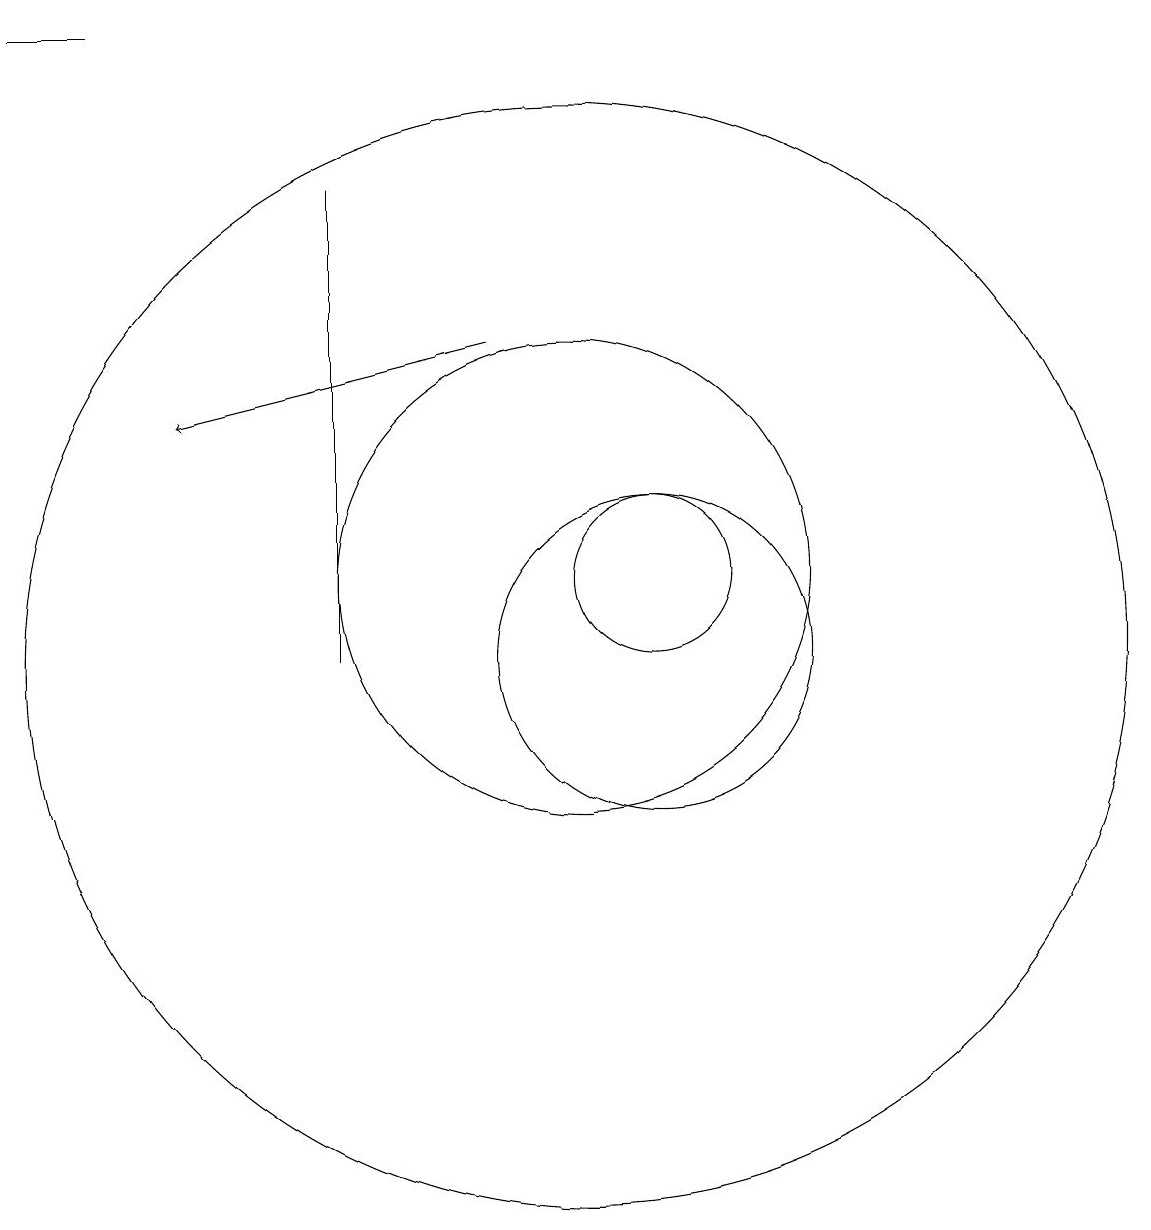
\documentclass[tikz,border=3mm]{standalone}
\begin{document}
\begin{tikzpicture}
\draw[->] (9,14) -- (5,13);
\draw (11,11) circle (1);
\draw (10,10) circle (7);
\draw (11,10) circle (2);
\draw (10,11) circle (3);
\draw (3,18) rectangle (4,18);
\draw (7,16) rectangle (7,10);
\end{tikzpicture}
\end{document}